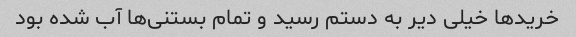
خرید‌ها خیلی دیر به دستم رسید و تمام بستنی‌ها آب شده بود